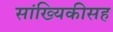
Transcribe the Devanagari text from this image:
सांख्यिकीसह